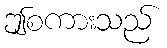
ဤစကားသည်